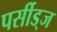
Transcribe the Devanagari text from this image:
पर्सीड्‌ज